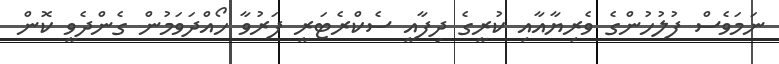
ނަމަވެސް ފުލުހުންގެ ވެރިޔާއާއި ކުރީގެ ދިފާއީ ސެކްރެޓަރީ ފަރުވާ ހޯއްދަވަމުން ގެންދެވީ ކޮން